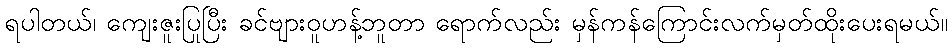
ရပါတယ်၊ ကျေးဇူးပြုပြီး ခင်ဗျားဝူဟန့်ဘူတာ ရောက်လည်း မှန်ကန်ကြောင်းလက်မှတ်ထိုးပေးရမယ်။